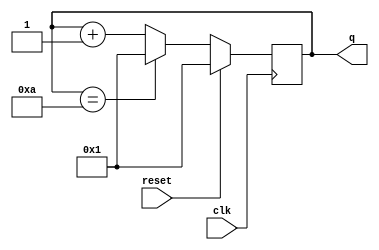
module top_module (
    input clk,
    input reset,
    output [3:0] q);

    always @(posedge clk) begin
        if(reset) begin
            q <= 1;
        end
        else begin
            if(q == 10) begin
                q <= 1;
            end
            else begin
                q <= q + 1;
            end
        end
    end
    
endmodule